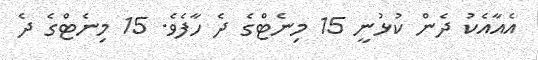
އެއާއެކު ދެން ކުޅުނީ 15 މިނެޓްގެ ދެ ހާފެވެ. 15 މިނެޓްގެ ދެ